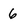
Character: 6